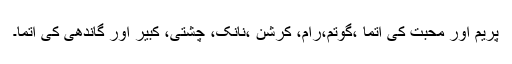
پریم اور محبت کی آتما ،گوتم،رام، کرشن ،نانک، چشتی، کبیر اور گاندھی کی آتما۔